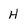
Character: H